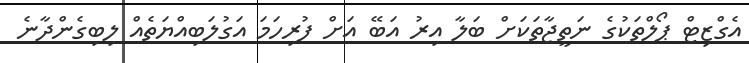
އެގްޒިޓް ޕޯލްތަކުގެ ނަތީޖާތަކަށް ބަލާ އިރު އަބޭ އަށް ފުރިހަމަ އަގުލަބިއްޔަތެއް ލިބިގެންދާނެ